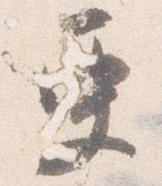
更